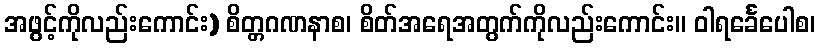
အဖွင့်ကိုလည်းကောင်း) စိတ္တဂဏနာစ၊ စိတ်အရေအတွက်ကိုလည်းကောင်း။ ဝါရင်္ခေပေါစ၊